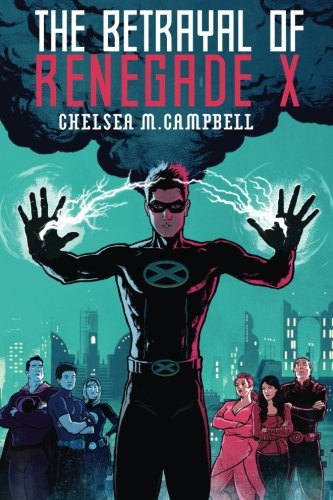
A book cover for The Betrayal of Renegade X (Volume 3); Chelsea M. Campbell; Science Fiction & Fantasy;